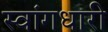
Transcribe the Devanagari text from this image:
स्वांगधारी